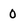
Character: 0